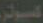
الوتر